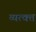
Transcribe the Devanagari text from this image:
व्यत्क्त